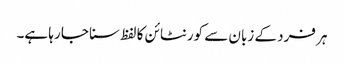
ہر فرد کے زبان سے کورنٹائن کا لفظ سنا جا رہا ہے۔